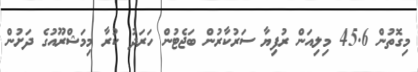
މިގޮތުން 45.6 މިލިއަން ރުފިޔާ ސަރުކާރުން ބަޖެޓުން ހަރަދު ކުރާ މިމަޝްރޫއުގެ ދަށުން